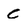
Character: C